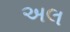
અલ